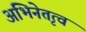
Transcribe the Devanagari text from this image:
अभिनेतृत्व